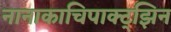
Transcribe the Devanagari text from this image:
नानाकाचिपाक्ट्झिन